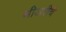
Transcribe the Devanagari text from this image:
थीअरीचे